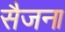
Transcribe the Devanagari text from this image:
सैजना